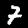
Label: 7